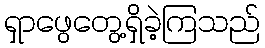
ရှာဖွေတွေ့ရှိခဲ့ကြသည်